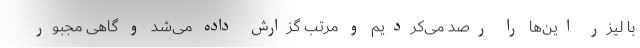
با لیزر این‌ها را رصد می‌کردیم و مرتب گزارش داده می‌شد و گاهی مجبور